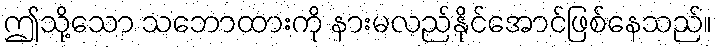
ဤသို့သော သဘောထားကို နားမလည်နိုင်အောင်ဖြစ်နေသည်။